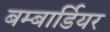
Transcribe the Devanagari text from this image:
बम्बार्डियर